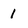
Character: I